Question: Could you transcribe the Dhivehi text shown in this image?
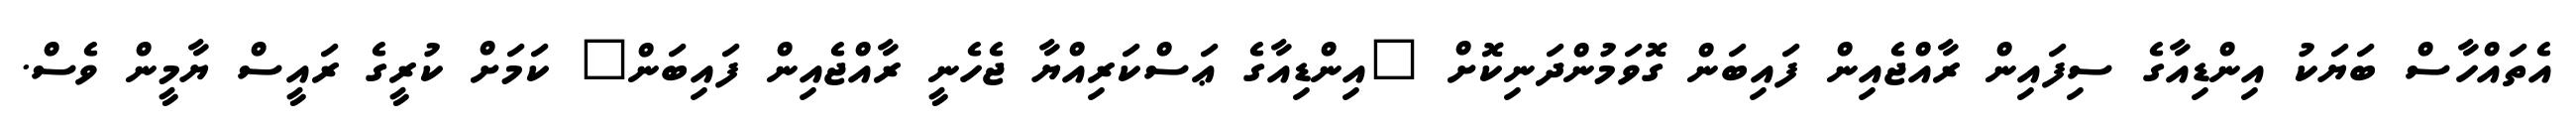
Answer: އެތައްހާސް ބަޔަކު އިންޑިއާގެ ސިފައިން ރާއްޖެއިން ފައިބަން ގޮވަމުންދަނިކޮށް "އިންޑިއާގެ ޢަސްކަރިއްޔާ ޖެހެނީ ރާއްޖެއިން ފައިބަން" ކަމަށް ކުރީގެ ރައީސް ޔާމީން ވެސް.